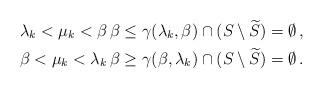
LaTeX: \begin{align*} \lambda_k<\mu_k<\beta &\, \beta\le\gamma (\lambda_k,\beta)\cap (S\setminus\widetilde{S})=\emptyset\,,\\ \beta<\mu_k<\lambda_k & \, \beta\ge \gamma (\beta,\lambda_k)\cap (S\setminus\widetilde{S})=\emptyset\,. \end{align*}